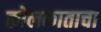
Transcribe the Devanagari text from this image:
कोलकाताचा